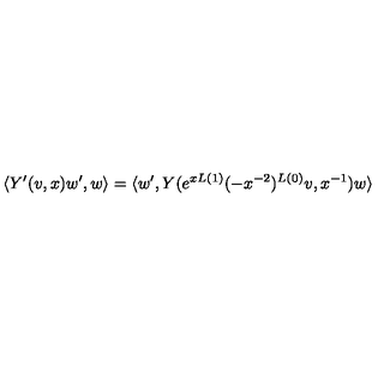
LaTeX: \langle Y ^ { \prime } ( v , x ) w ^ { \prime } , w \rangle = \langle w ^ { \prime } , Y ( e ^ { x L ( 1 ) } ( - x ^ { - 2 } ) ^ { L ( 0 ) } v , x ^ { - 1 } ) w \rangle